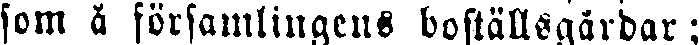
som å församlingens boställsgårdar;